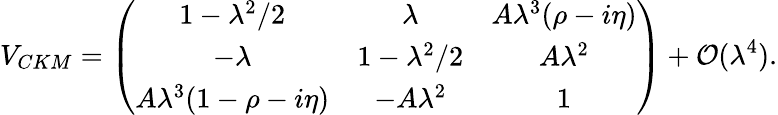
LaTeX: V_{CKM}=\left(\begin{array}{ccc}{{1-\lambda^{2}/2}}&{{\lambda}}&{{A\lambda^{3}(\rho-i\eta)}}\\ {{-\lambda}}&{{1-\lambda^{2}/2}}&{{A\lambda^{2}}}\\ {{A\lambda^{3}(1-\rho-i\eta)}}&{{-A\lambda^{2}}}&{{1}}\end{array}\right)+{\cal{O}}(\lambda^{4}).